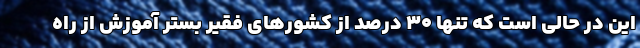
این در حالی است که تنها ۳۰ درصد از کشورهای فقیر بستر آموزش از راه